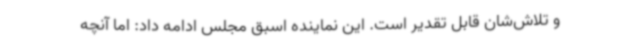
و تلاش‌شان قابل تقدیر است. این نماینده اسبق مجلس ادامه داد: اما آنچه